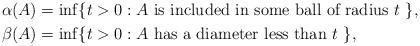
LaTeX: \begin{align*}\alpha(A) &= \inf \{ t > 0 : A \mbox{ is included in some ball of radius $t$ } \}, \\\beta(A) &= \inf \{ t > 0 : A \mbox{ has a diameter less than $t$ } \},\end{align*}